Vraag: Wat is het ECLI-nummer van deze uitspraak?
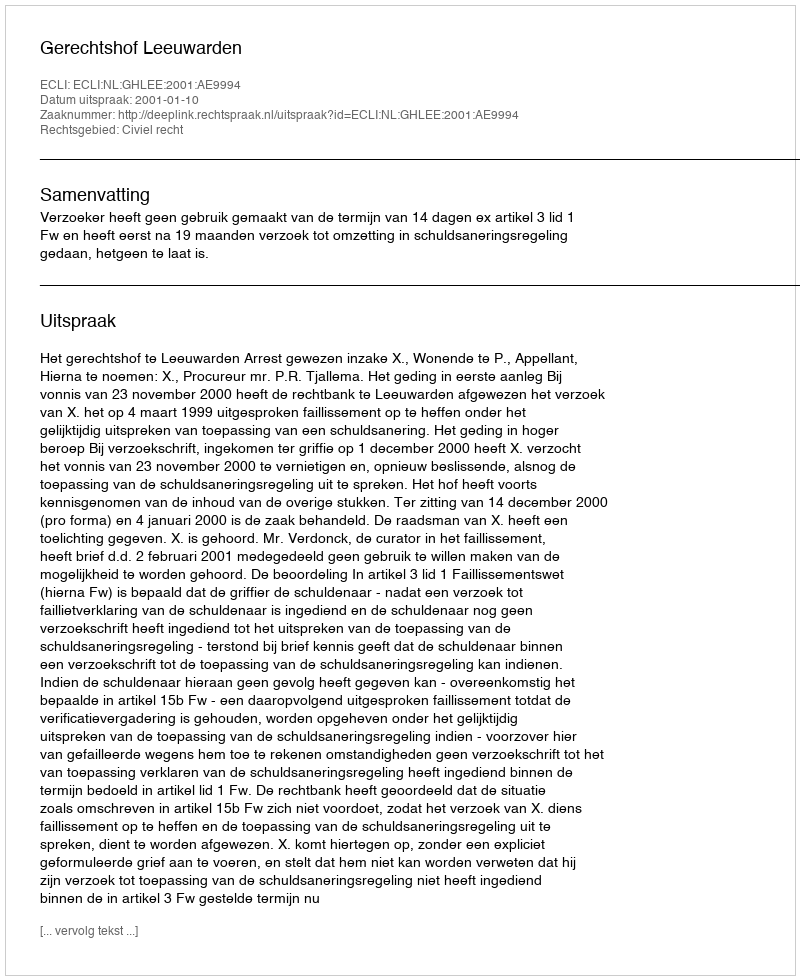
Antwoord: ECLI:NL:GHLEE:2001:AE9994